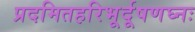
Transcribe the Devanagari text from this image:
प्रदमितहरिभूर्दूषणघ्नः